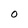
Character: O